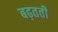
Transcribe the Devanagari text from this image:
बढ़तती